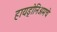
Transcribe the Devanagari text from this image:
हायड्रोनिअमचे